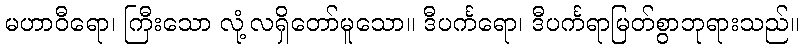
မဟာဝီရော၊ ကြီးသော လုံ့လရှိတော်မူသော။ ဒီပင်္ကရော၊ ဒီပင်္ကရာမြတ်စွာဘုရားသည်။